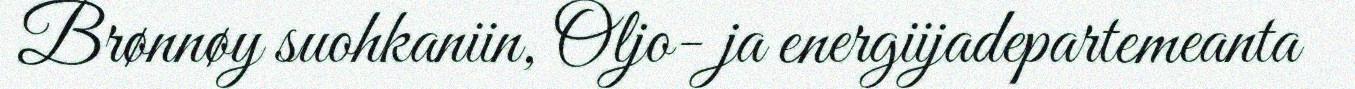
Brønnøy suohkaniin, Oljo- ja energiijadepartemeanta